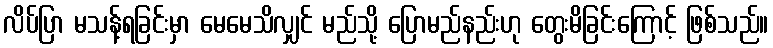
လိပ်ပြာ မသန့်ရခြင်းမှာ မေမေသိလျှင် မည်သို့ ပြောမည်နည်းဟု တွေးမိခြင်းကြောင့် ဖြစ်သည်။